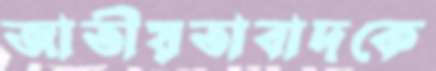
জাতীয়তাবাদকে